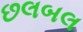
છલબલ